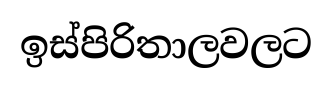
ඉස්පිරිතාලවලට